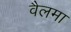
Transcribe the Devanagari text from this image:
वैलमा